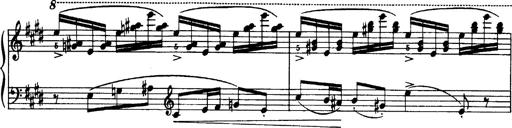
Title: OuvertÃ¼re zu TannhÃ¤user
Composer: Franz Liszt